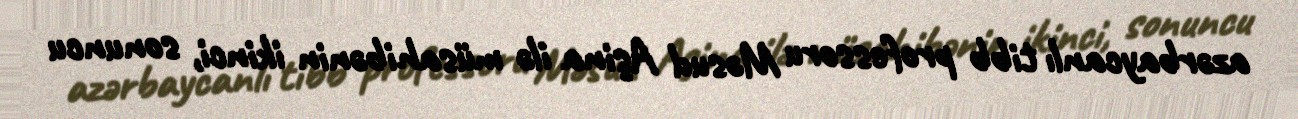
azərbaycanlı tibb professoru Məsud Aşina ilə müsahibənin ikinci, sonuncu